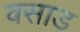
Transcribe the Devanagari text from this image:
वसाड